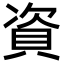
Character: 資